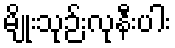
မျိုးသုဉ်းလုနီးပါး